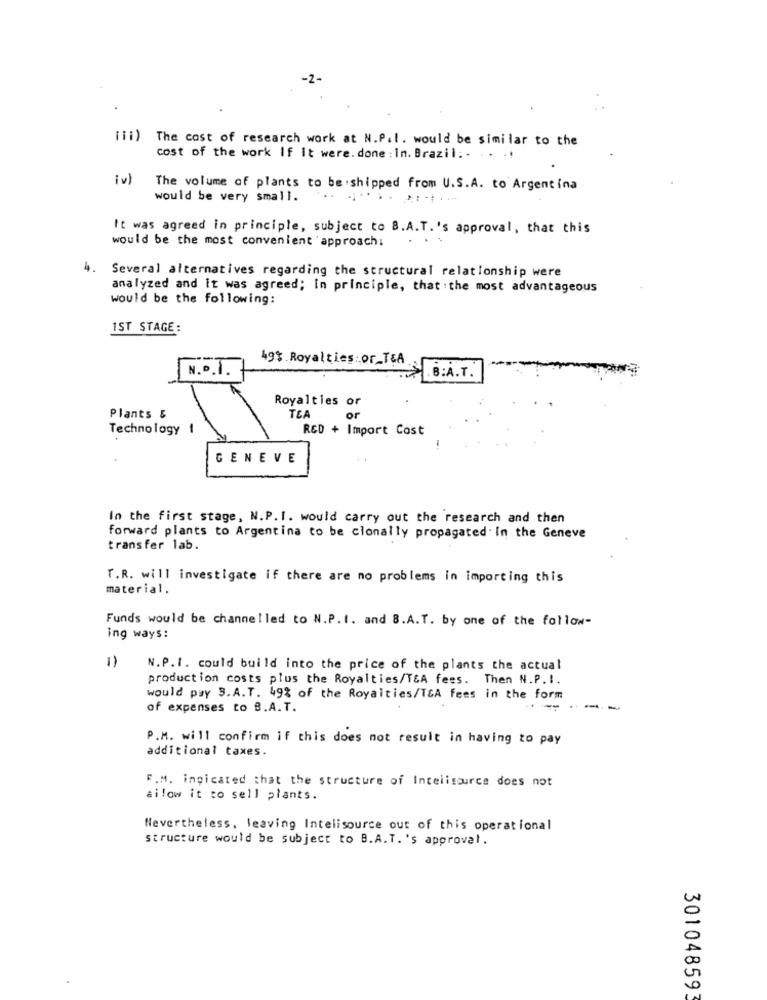
iii) The cost of research work at N.P.I. would be similar to the
cost of the work If It were. done : In. Brazil: . . . .!
iv)
The volume of plants to be shipped from U.S.A. to Argentina
would be very small.
It was agreed in principle, subject to B.A.T. 's approval, that this
would be the most convenient approach:
4.
Several alternatives regarding the structural relationship were
analyzed and it was agreed; In principle, that . the most advantageous
would be the following:
1ST STAGE:
49$ Royalties: or_T&A
N. .. 1.
B:A.T.
Royalties or
TEA
Plants &
or
Technology
RCD + Import Cost
GENEVE
In the first stage, N.P. I. would carry out the research and then
forward plants to Argentina to be cionally propagated . In the Geneve
transfer lab.
T.R. will investigate if there are no problems in importing this
material.
Funds would be channelled to N.P.I. and 8.A.T. by one of the follow-
ing ways:
1)
N.P.I. could build into the price of the plants the actual
production costs plus the Royalties/TEA fees. Then N.P.I.
would pay S.A.T. 49% of the Royalties/TEA fees in the form
of expenses to B.A.T.
--
P.M. will confirm if this does not result in having to pay
additional taxes.
F.M. ingicated that the structure of Incelisource does not
ailow it to sell plants.
Nevertheless, leaving Intelisource out of this operational
structure would be subject to B.A.T. 's approval.
301048593